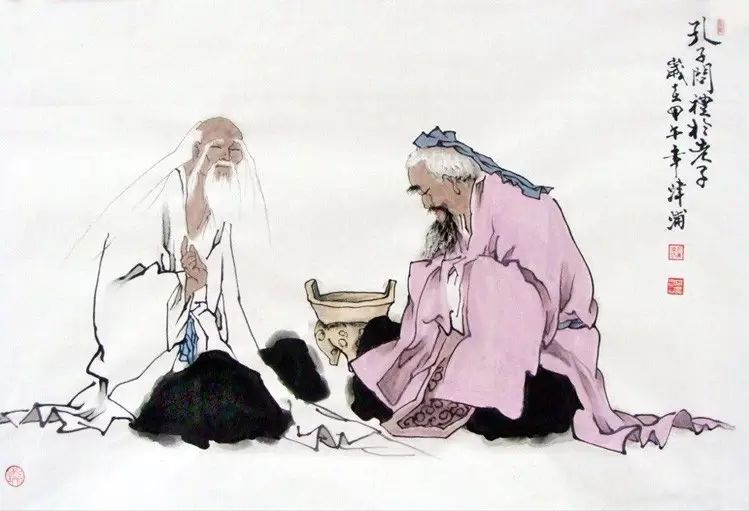
用下敬上，谓之贵贵用上敬下，谓之尊贤。贵贵尊贤，其义一也。